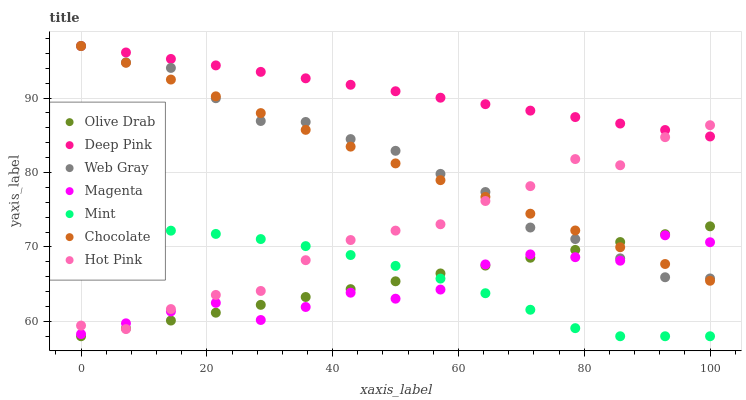
| xaxis_label | Olive Drab | Deep Pink | Web Gray | Magenta | Mint | Chocolate | Hot Pink |
 | --- | --- | --- | --- | --- | --- | --- | --- |
 | 0 | 58 | 97 | 97 | 58.3 | 72.3 | 97 | 59.4 |
 | 7.14 | 59.1 | 96.1 | 94.8 | 59.7 | 72.4 | 94.7 | 59 |
 | 14.3 | 60.1 | 95.3 | 94.1 | 61.3 | 72.2 | 92.5 | 61.7 |
 | 21.4 | 61.2 | 94.4 | 90 | 62.5 | 71.8 | 90.2 | 63.6 |
 | 28.6 | 62.2 | 93.5 | 86.9 | 60.2 | 71.1 | 88 | 64.1 |
 | 35.7 | 63.3 | 92.7 | 86.8 | 61.9 | 70.1 | 85.7 | 68.2 |
 | 42.9 | 64.3 | 91.8 | 84.5 | 63.9 | 68.9 | 83.5 | 70.9 |
 | 50 | 65.4 | 90.9 | 82.9 | 63 | 67.5 | 81.2 | 72.2 |
 | 57.1 | 66.4 | 90.1 | 79.8 | 64.3 | 65.7 | 79 | 73 |
 | 64.3 | 67.5 | 89.2 | 77.4 | 67.7 | 63.8 | 76.7 | 76.2 |
 | 71.4 | 68.6 | 88.3 | 72.6 | 69 | 61.6 | 74.5 | 78.2 |
 | 78.6 | 69.6 | 87.4 | 71.1 | 68.6 | 59.1 | 72.2 | 81.8 |
 | 85.7 | 70.7 | 86.6 | 68.5 | 68.2 | 58 | 70 | 81 |
 | 92.9 | 71.7 | 85.7 | 65.9 | 71.6 | 58 | 67.7 | 84.8 |
 | 100 | 72.8 | 84.8 | 65.8 | 70.6 | 58 | 65.5 | 86.4 |